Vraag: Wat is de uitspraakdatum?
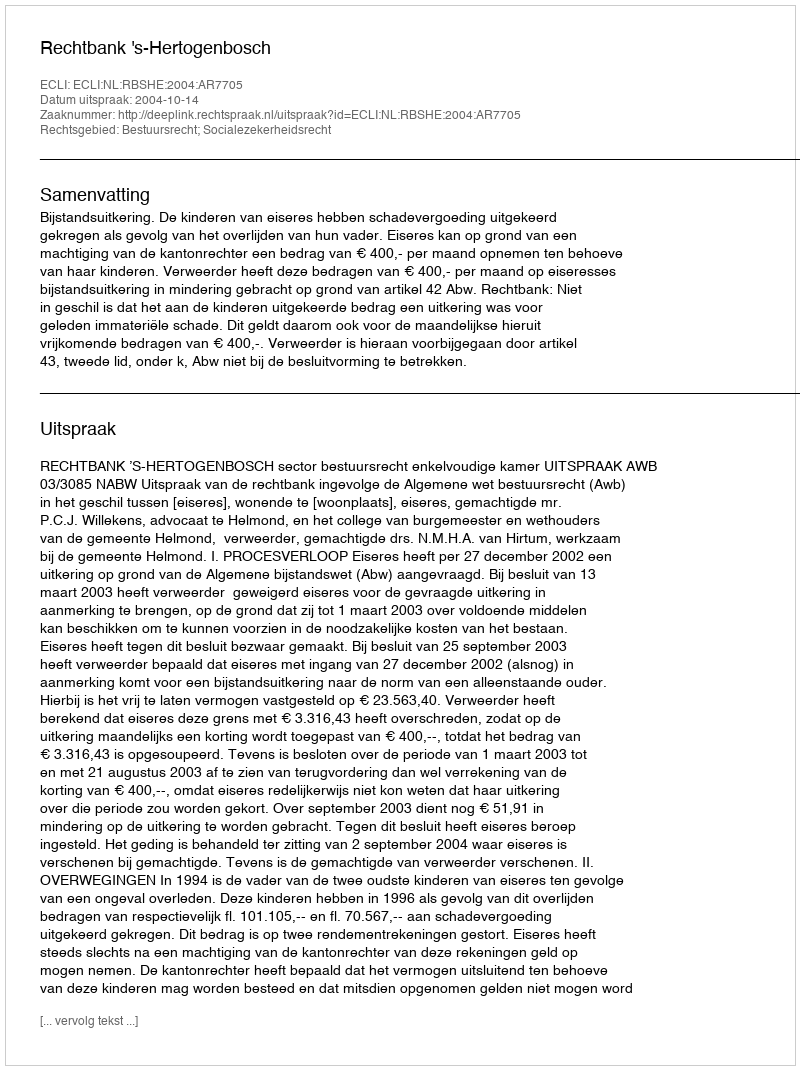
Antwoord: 2004-10-14